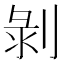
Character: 剝